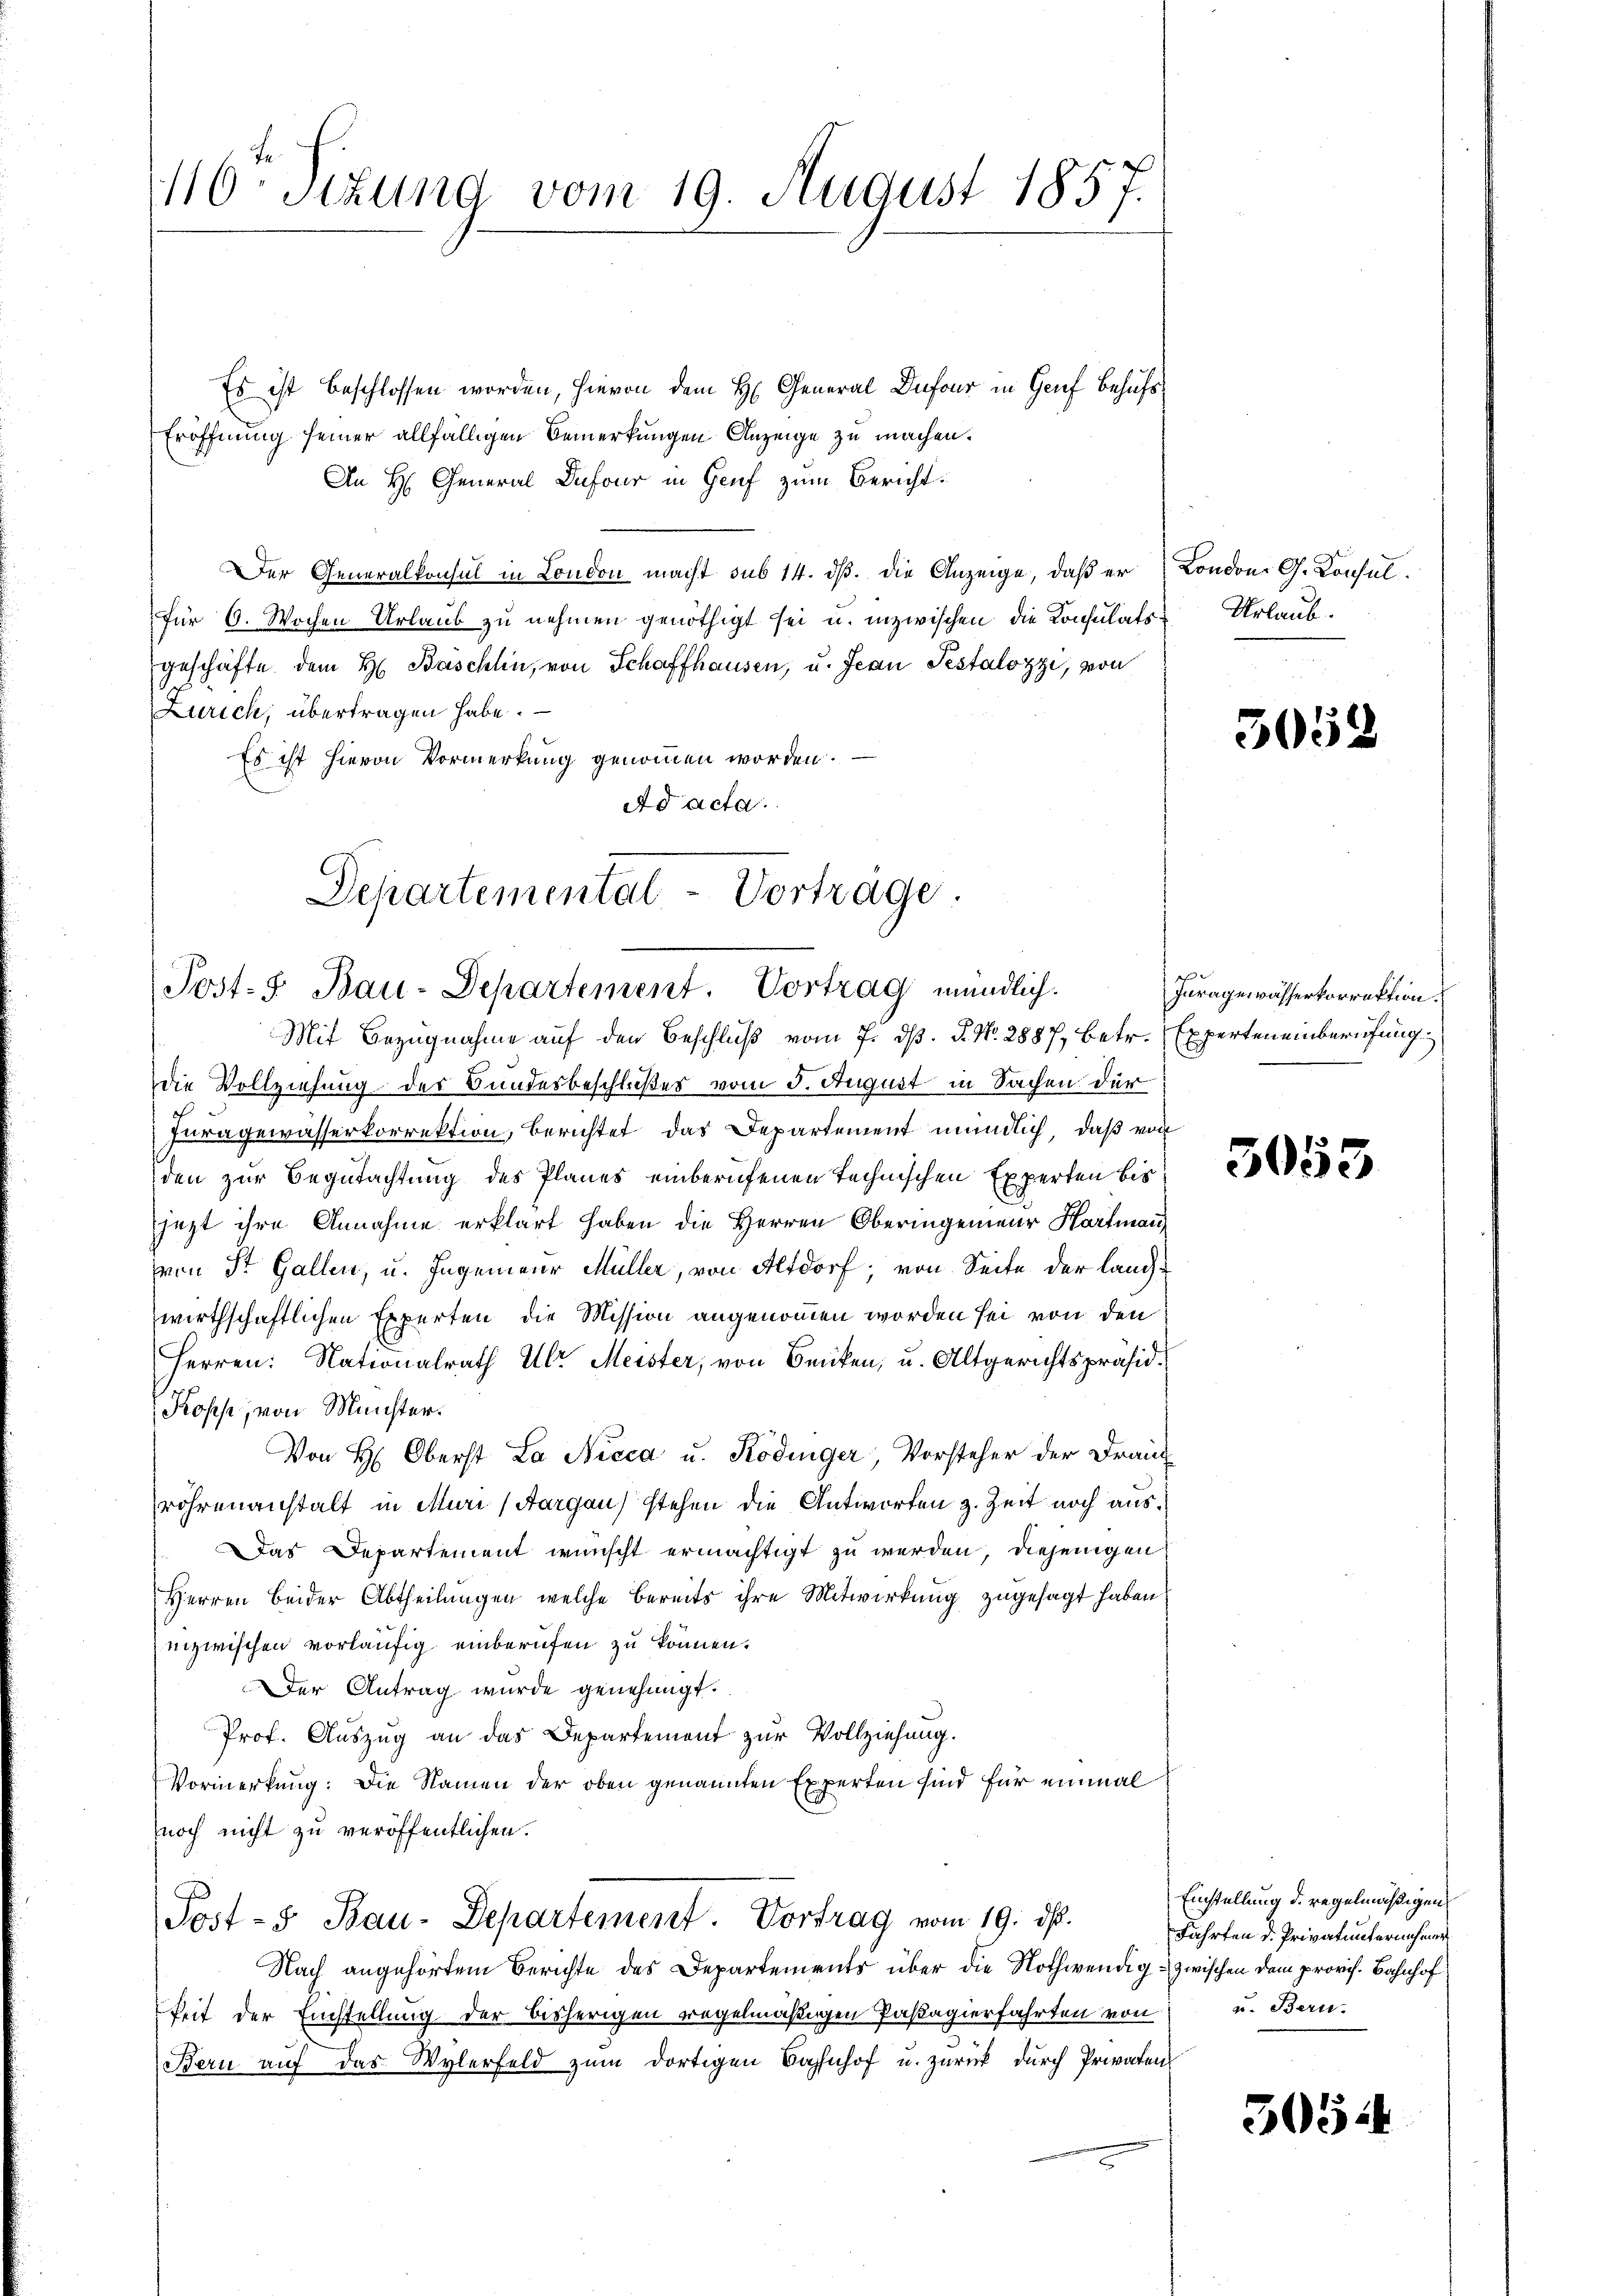
Es ist beschlossen worden, hievon dem H. General Dufour in Genf behufs¬
Eröffnung seiner allfälligen Bemerkungen Anzeige zu machen.
An H. General Dufour in Genf zum Bericht
Der Generalkonsul in London macht sub 14. dβ. die Anzeige, daß er London. G. Consul
für 6. Wochen Urlaub zu nehmen genöthigt sei u. inzwischen die Konsulatsgeschäfte dem H. Baschlin, von Schaffhausen, u. Jean Pestalozzi, von
Zürich, übertragen habe.
Es ist hievon Vormerkung genommen worden.
Ad acta.

110 Setzung vom 19. August 1857.

Departemental-Vorträge.
Post- Bau-Departement. Vortrag mündlich.

Urlaub.

Mit Bezugnahme auf den Beschluß vom 7. ds. P. Nr. 2887, betr. Experten einberufung
die Vollziehung der Bundesbeschlußes vom 5. August in Sachen der
Juragewässerkorrektion, berichtet das Departement mündlich, daß von
den zur Begutachtung des Planes einberufenen technischen Experten bis
jezt ihre Annahme erklärt haben die Herren Oberingenieur Hartman
von St. Gallen, u. Ingenieur Müller, von Altdorf; von Seite der langwirthschaftlichen Experten die Mission angenommen worden sei von den
Herren: Nationalrath Ulr Meister, von Benken, u. Altgerichtspräsid.
Kosse, von Münster.
Von H. Oberst La Nicca u. Ködinger, Vorsteher der Frau
röhrenanstalt in Muri (Aargau stehen die Antworten z. Zeit noch aus¬
Das Departement wünscht ermächtigt zu werden, diejenigen
Herren beider Abtheilungen, welche bereits ihre Mitwirkung zugesagt haben.
inzwischen vorläufig einberufen zu können.
Der Antrag wurde genehmigt.
Prof. Auszug an das Departement zur Vollziehung.
Vormerkung: Die Namen der oben genannten Experten sind für einmal
noch nicht zu veröffentlichen.
Post- & Bau-Departement. Vortrag vom 19. ds.
Nach angehörtem Berichte des Departements über die Nothwendig- zwischen dem provis. Bahnhof
keit der Einstellung der bisherigen regelmäßigen Passagierfahrten von
Bern auf das Wylerfeld zum dortigen Bahnhof u. zurück durch Privaten

305.

Iuragewässerkorrektion.

3053

Einstellung d. regelmäßigen
Fahrten d. Privatunternehmer
u. Bern.

305